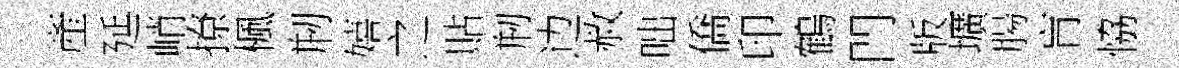
產延峭撩楓剏嬉之貼剏边赦咄僑印鶴門版壙腸肓恊